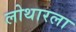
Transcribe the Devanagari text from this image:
लोथारला